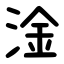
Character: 淦